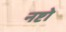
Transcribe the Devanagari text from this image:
नष्टो